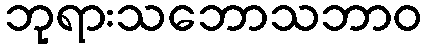
ဘုရားသဘောသဘာဝ